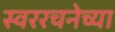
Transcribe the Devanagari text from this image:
स्वररचनेच्या